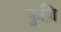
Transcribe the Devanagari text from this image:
क्रुज़ि